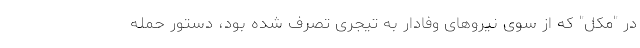
در "مکل" که از سوی نیروهای وفادار به تیجری تصرف شده بود، دستور حمله